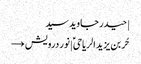
| حیدر جاوید سید
حُر بن یزید الریاحیؑ | نور درویش →